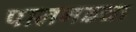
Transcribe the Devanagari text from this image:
पालगडचा